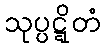
သုပ္ပဋ္ဋိတံ